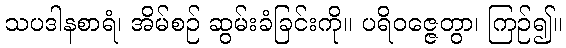
သပဒါနစာရံ၊ အိမ်စဉ် ဆွမ်းခံခြင်းကို။ ပရိဝဇ္ဇေတွာ၊ ကြဉ်၍။